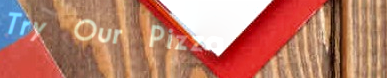
Try Our Pizza